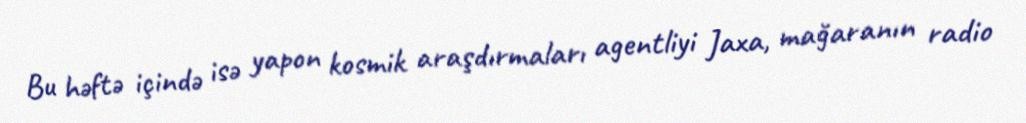
Bu həftə içində isə yapon kosmik araşdırmaları agentliyi Jaxa, mağaranın radio